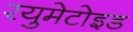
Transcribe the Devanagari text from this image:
रयुमेटोइड